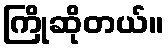
ကြိုဆိုတယ်။